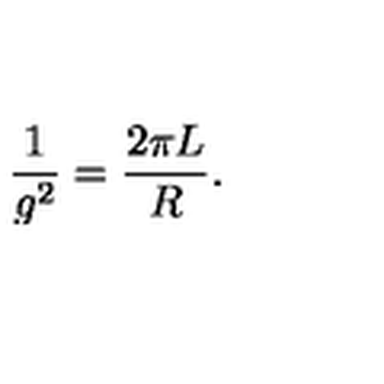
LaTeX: \frac { 1 } { g ^ { 2 } } = \frac { 2 \pi L } { R } .